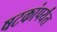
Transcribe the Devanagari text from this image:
षटकांपर्यंत